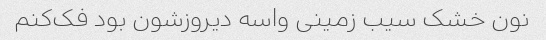
نون خشک سیب زمینی واسه دیروزشون بود فک‌کنم